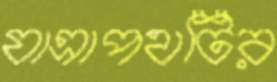
যাত্রাপথটির